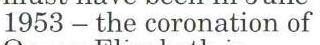
1953 - the coronation of